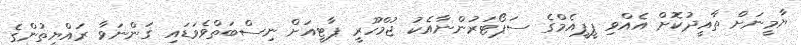
ޔާމީނަށް ތާއީދުކޮށް އެއްވި ޕީޕީއެމްގެ ސަޕޯޓަރުންނާއެކު ޖުމްހޫރީ ޕާޓީއަށް ނިސްބަތްވެވަޑައި ގަންނަވާ ރައްޔިތުންގެ